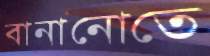
বানানোতে